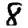
Digit: 8